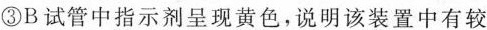
③B试管中指示剂呈现黄色，说明该装置中有较